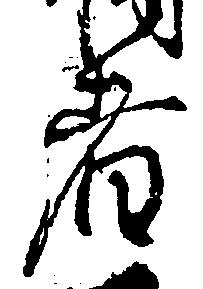
者